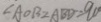
\angle A O B = \angle A B D = 9 0